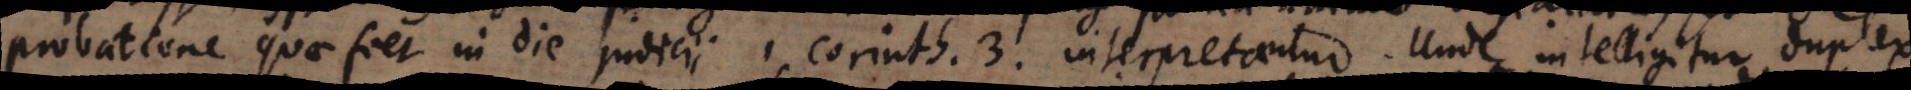
probatione quae fiet in die judicii 1. Corinth. 3. interpretantur. Unde intelligitur duplex